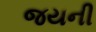
જયની